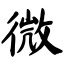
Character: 微